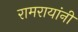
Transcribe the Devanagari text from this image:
रामरायांनी